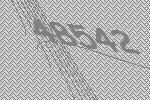
48542